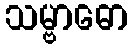
သမ္ဗာဓော